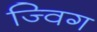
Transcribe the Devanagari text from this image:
ज्विग